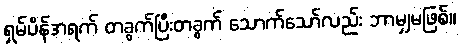
ရှမ်ပိန်အရက် တခွက်ပြီးတခွက် သောက်သော်လည်း ဘာမျှမဖြစ်။